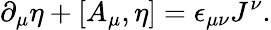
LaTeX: \partial_{\mu}\eta+[A_{\mu},\eta]=\epsilon_{\mu\nu}J^{\nu}.